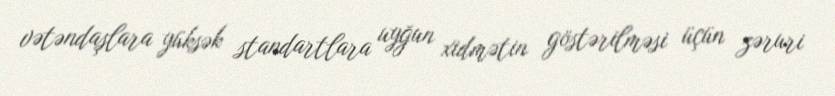
vətəndaşlara yüksək standartlara uyğun xidmətin göstərilməsi üçün zəruri